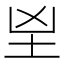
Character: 𡉰